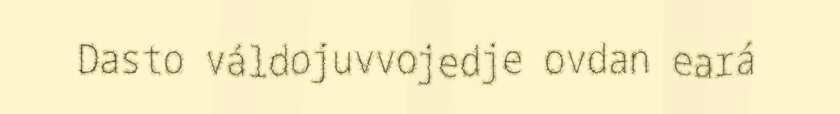
Dasto váldojuvvojedje ovdan eará